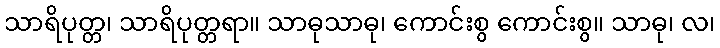
သာရိပုတ္တ၊ သာရိပုတ္တရာ။ သာဓုသာဓု၊ ကောင်းစွ ကောင်းစွ။ သာဓု၊ လ၊